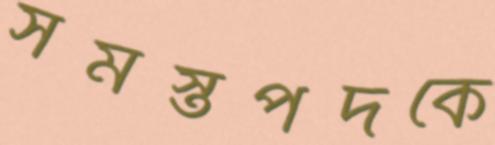
সমস্তপদকে